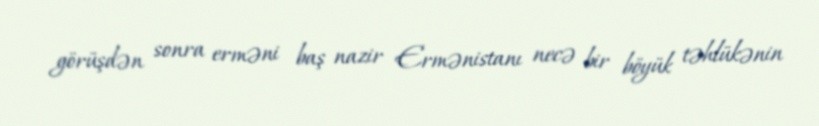
görüşdən sonra erməni baş nazir Ermənistanı necə bir böyük təhlükənin